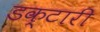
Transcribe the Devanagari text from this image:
डक्टारी